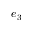
e _ { 3 }